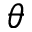
\theta